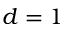
d = 1